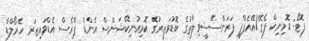
ފޮޓޯ: ޑޮމިނިކް ފެގޭ/އޭއެފްޕީ ފަރަންސޭސީވިލާތުގެ ބޮޑުވަޒީރުގެ ކޮމިއުނިކޭޝަންސް އެންޑް ޕްރެސް އެޑްވައިޒަރ ހެރޯލްޑް